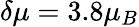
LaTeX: \delta\mu=3.8\mu_{B}